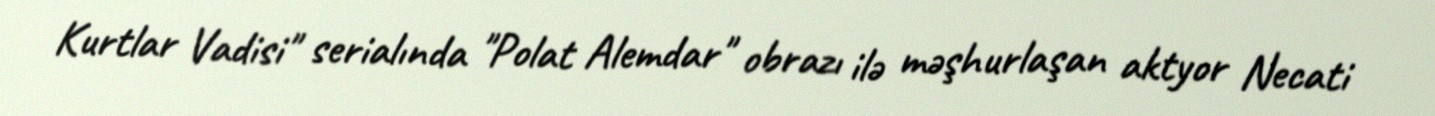
Kurtlar Vadisi" serialında "Polat Alemdar" obrazı ilə məşhurlaşan aktyor Necati